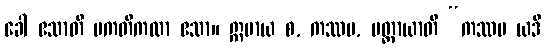
ခေါ ဧသာတိ ပကတိကထာ ဧသာ။ ဣမာယ စ, ကဿပ, မတ္တာယာတိ “ကဿပ ယဒိ